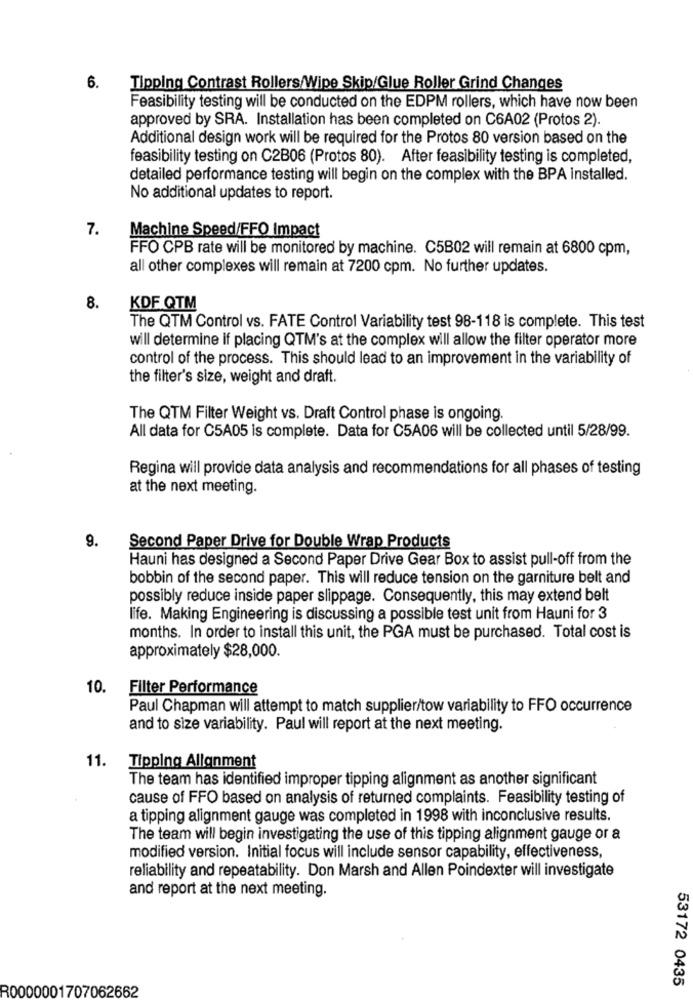
6.
Tipping Contrast Rollers/Wipe Skip/Glue Roller Grind Changes
Feasibility testing will be conducted on the EDPM rollers, which have now been
approved by SRA. Installation has been completed on C6A02 (Protos 2).
Additional design work will be required for the Protos 80 version based on the
feasibility testing on C2B06 (Protos 80). After feasibility testing is completed,
detailed performance testing will begin on the complex with the BPA installed.
No additional updates to report.
7.
Machine Speed/FFO Impact
FFO CPB rate will be monitored by machine. C5B02 will remain at 6800 cpm,
all other complexes will remain at 7200 cpm. No further updates.
8.
KDF QTM
The QTM Control vs. FATE Control Variability test 98-118 is complete. This test
will determine if placing QTM's at the complex will allow the filter operator more
control of the process. This should lead to an improvement in the variability of
the filter's size, weight and draft.
The QTM Filter Weight vs. Draft Control phase is ongoing.
All data for C5A05 is complete. Data for C5A06 will be collected until 5/28/99.
Regina will provide data analysis and recommendations for all phases of testing
at the next meeting.
9.
Second Paper Drive for Double Wrap Products
Hauni has designed a Second Paper Drive Gear Box to assist pull-off from the
bobbin of the second paper. This will reduce tension on the garniture belt and
possibly reduce inside paper slippage. Consequently, this may extend belt
life. Making Engineering is discussing a possible test unit from Hauni for 3
months. In order to install this unit, the PGA must be purchased. Total cost is
approximately $28,000.
10.
Filter Performance
Paul Chapman will attempt to match supplier/tow variability to FFO occurrence
and to size variability. Paul will report at the next meeting.
11.
Tipping Alignment
The team has identified improper tipping alignment as another significant
cause of FFO based on analysis of returned complaints. Feasibility testing of
a tipping alignment gauge was completed in 1998 with inconclusive results.
The team will begin investigating the use of this tipping alignment gauge or a
modified version. Initial focus will include sensor capability, effectiveness,
reliability and repeatability. Don Marsh and Allen Poindexter will investigate
and report at the next meeting.
53172 0435
R0000001707062662